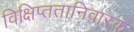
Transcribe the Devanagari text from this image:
विक्षिप्ततानिवारक